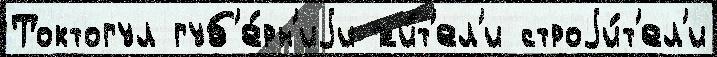
Токтогул губ'е́рн'иjи жи́т'ел'и строjи́т'ел'и